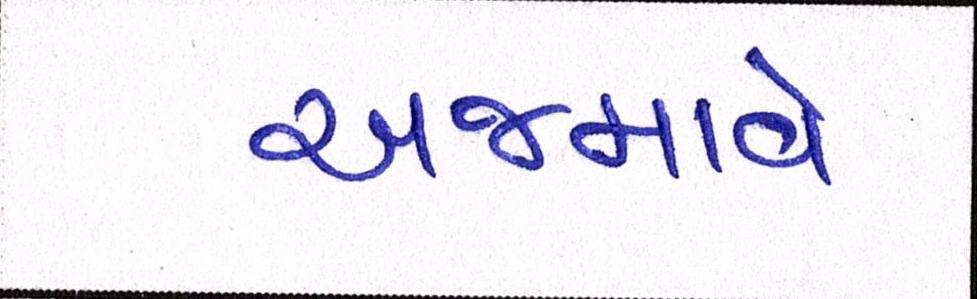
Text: અજમાવે